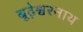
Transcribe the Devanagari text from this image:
बूढ़ेश्वरनाथ